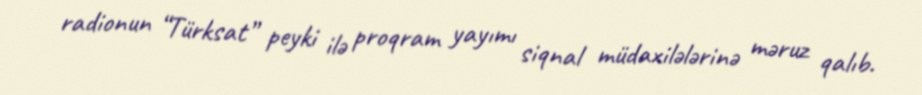
radionun “Türksat” peyki ilə proqram yayımı siqnal müdaxilələrinə məruz qalıb.